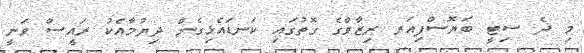
މި ދެ ސިޓީ ބަޔޮސްފިއަރ ރިޒާވްގެ ގޮތުގައި ކަނޑައެޅިގެން ދިޔުމާއެކު ރައީސް ވަނީ